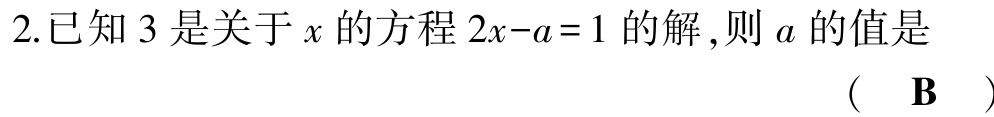
2.已知 \(3\) 是关于 \(x\) 的方程 \(2x - a = 1\) 的解,则 \(a\) 的值是 （ \(\mathbf{B}\) ）